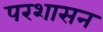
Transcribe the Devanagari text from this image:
परशासन